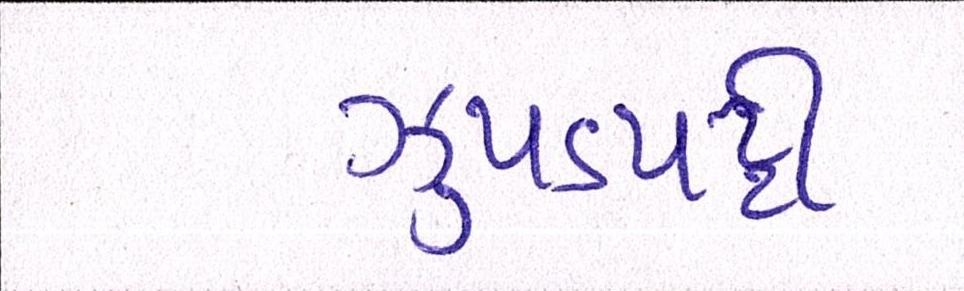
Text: ઝુપડપટ્ટી